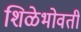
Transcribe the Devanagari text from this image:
शिळेभोवती